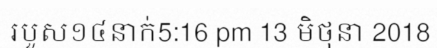
របួស១៤នាក់5:16 pm 13 មិថុនា 2018